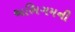
અભિગમની